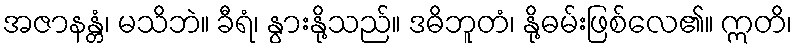
အဇာနန္တံ၊ မသိဘဲ။ ခီရံ၊ နွားနို့သည်။ ဒဓိဘူတံ၊ နို့ဓမ်းဖြစ်လေ၏။ ဣတိ၊